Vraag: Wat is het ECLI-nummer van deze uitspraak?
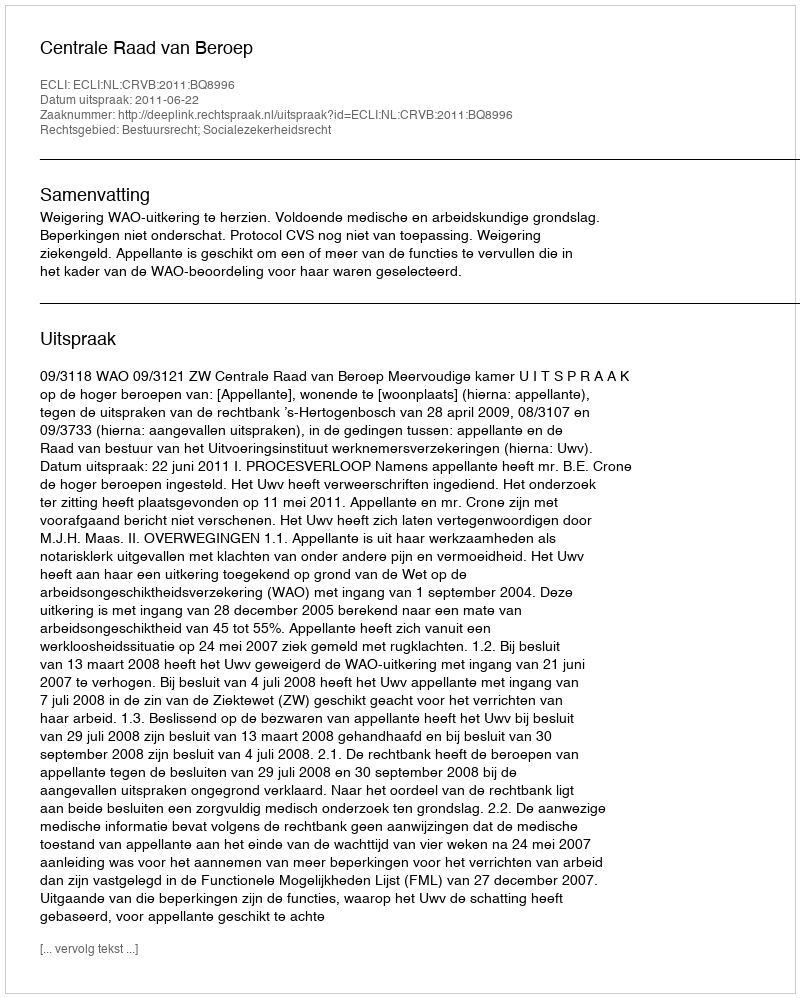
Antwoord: ECLI:NL:CRVB:2011:BQ8996